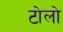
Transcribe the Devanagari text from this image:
टोलो